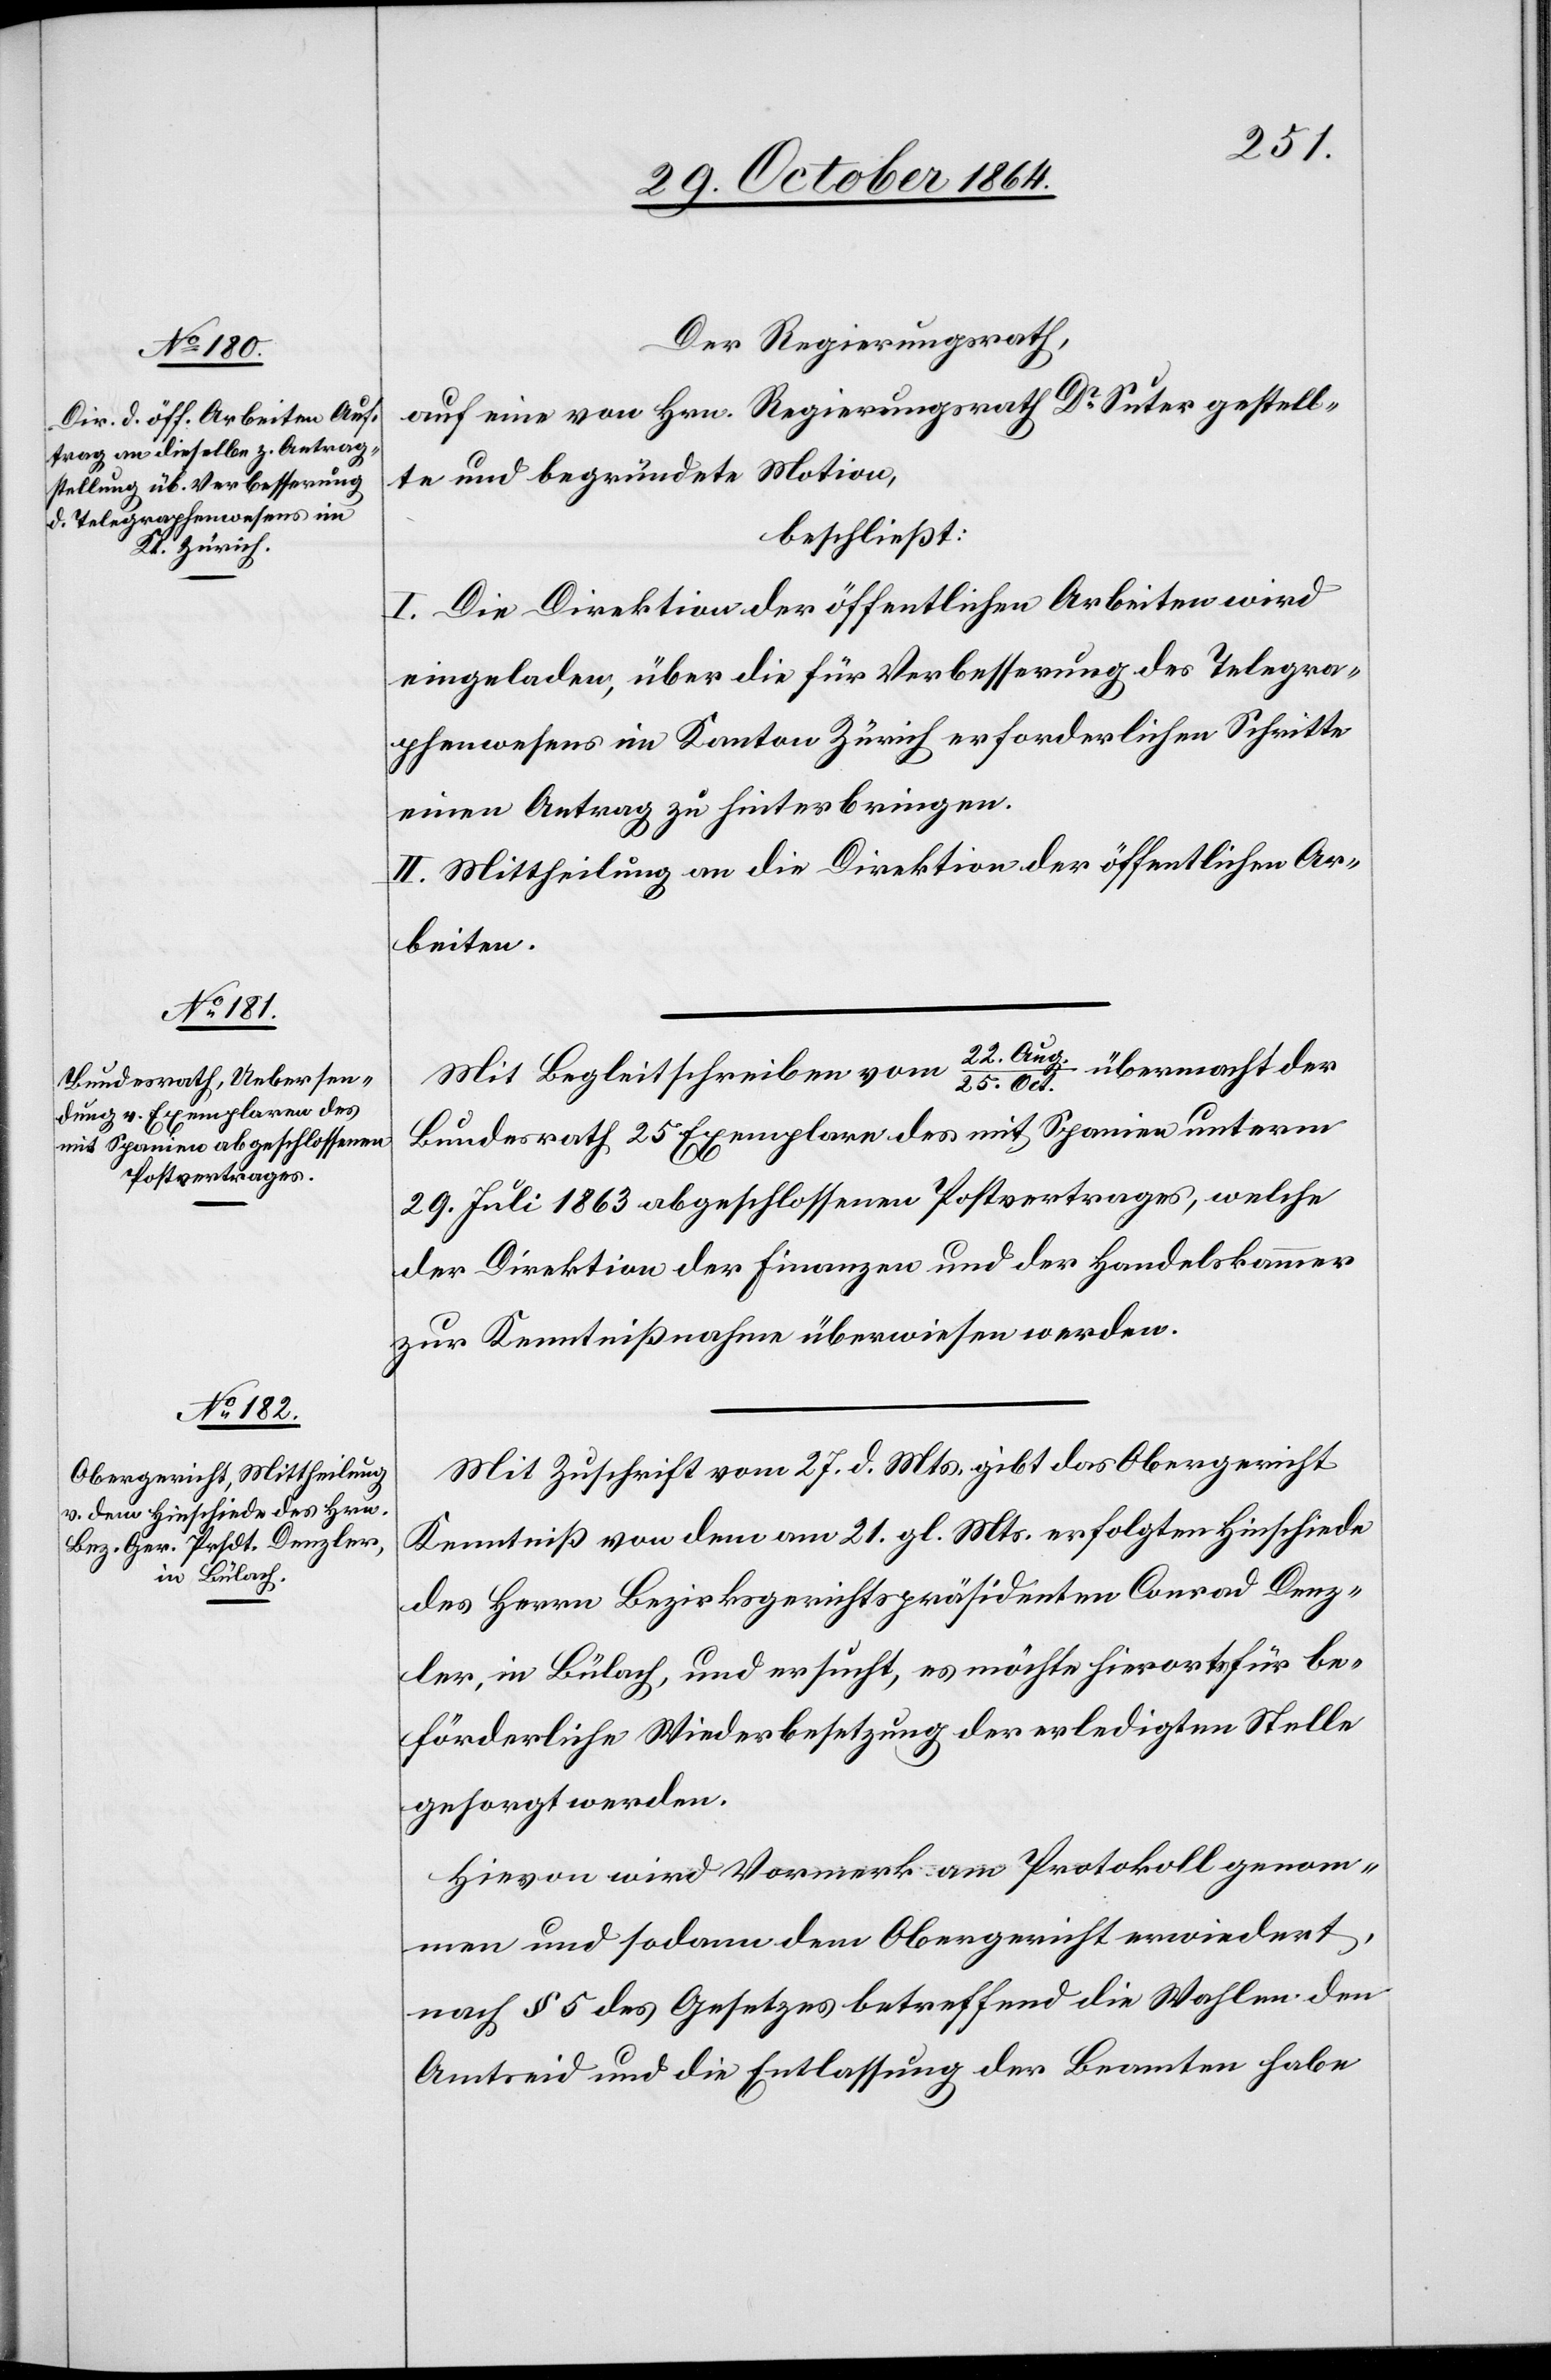
Der Regierungsrath,
auf eine von Hrn. Regierungsrath Dr Suter gestell¬
te und begründete Motion,
beschließt:
I. Die Direktion der öffentlichen Arbeiten wird
eingeladen, über die für Verbesserung des Telegra¬
phenwesens im Kanton Zürich erforderlichen Schritte
einen Antrag zu hinterbringen.
II. Mittheilung an die Direktion der öffentlichen Ar¬
beiten.
übermacht der
Mit Begleitschreiben vom 22. Au¬
g./25. Oct.
Bundesrath 25 Exemplare des mit Spanien unterm
29. Juli 1863 abgeschlossenen Postvertrages, welche
der Direktion der Finanzen und der Handelskammer
zur Kenntnißnahme überwiesen werden.
Mit Zuschrift vom 27. d. Mts. gibt das Obergericht
Kenntniß von dem am 21. gl. Mts. erfolgten Hinschiede
des Herrn Bezirksgerichtspräsidenten Conrad Denz¬
ler, in Bülach, und ersucht, es möchte hierorts für be¬
förderliche Wiederbesetzung der erledigten Stelle
gesorgt werden.
Hievon wird Vormerk am Protokoll genom¬
men und sodann dem Obergericht erwiedert,
nach § 5 des Gesetztes betreffend die Wahlen[,] den
Amtseid und die Entlassung der Beamten habe